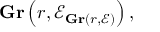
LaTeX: \mathbf { G r } \left( r , { \mathcal { E } } _ { \mathbf { G r } ( r , { \mathcal { E } } ) } \right) ,